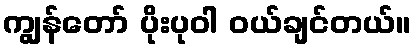
ကျွန်တော် ပိုးပုဝါ ဝယ်ချင်တယ်။